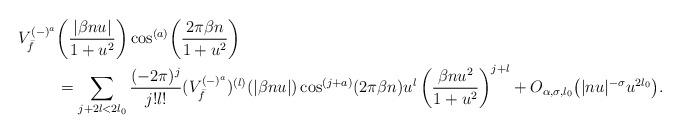
LaTeX: \begin{align*}V_{\bar{f}}^{(-)^a}&\!\left(\frac{|\beta nu|}{1+u^2}\right)\cos^{(a)}\!\left(\frac{2\pi\beta n}{1+u^2}\right)\\&=\sum_{j+2l<2l_0}\frac{(-2\pi)^j}{j!l!}(V_{\bar{f}}^{(-)^a})^{(l)}(|\beta nu|)\cos^{(j+a)}(2\pi\beta n)u^l\left(\frac{\beta nu^2}{1+u^2}\right)^{j+l}+O_{\alpha,\sigma,l_0}\bigl(|nu|^{-\sigma}u^{2l_0}\bigr).\end{align*}